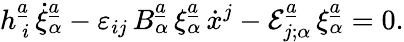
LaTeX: h_{\ i}^{\underline{{{a}}}}\, \dot{\xi}_{\alpha}^{\underline{{{a}}}}-\varepsilon_{ij}\, B_{\alpha}^{\underline{{{a}}}}\, \xi_{\alpha}^{\underline{{{a}}}}\, \dot{x}^{j}-{\cal E}_{j;\alpha}^{\underline{{{a}}}}\, \xi_{\alpha}^{\underline{{{a}}}}=0.